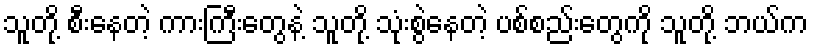
သူတို့ စီးနေတဲ့ ကားကြီးတွေနဲ့ သူတို့ သုံးစွဲနေတဲ့ ပစ်စည်းတွေကို သူတို့ ဘယ်က